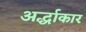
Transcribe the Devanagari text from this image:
अर्द्धाकार